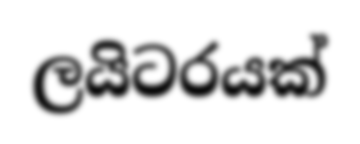
ලයිටරයක්